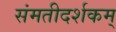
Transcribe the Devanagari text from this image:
संमतीदर्शकम्